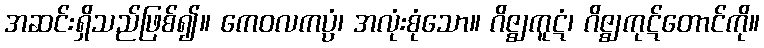
အဆင်းရှိသည်ဖြစ်၍။ ကေဝလကပ္ပံ၊ အလုံးစုံသော။ ဂိဇ္ဈကူဋံ၊ ဂိဇ္ဈကုဋ်တောင်ကို။